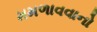
મમળાવવાનો